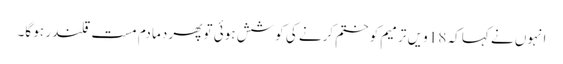
انہوں نے کہا کہ 18 ویں ترمیم کو ختم کرنے کی کوشش ہوئی تو پھر دما دم مست قلندر ہو گا۔